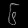
Digit: ၆